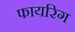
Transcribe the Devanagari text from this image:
फायरिग